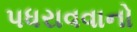
પધરાવવાનો